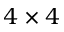
4 \times 4